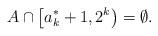
LaTeX: \begin{align*}A \cap \left[a_k^*+1,2^k \right) = \emptyset.\end{align*}